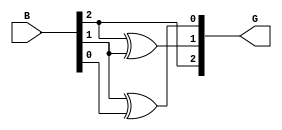
module binary_to_gray_encoder (
    input  [2:0] B,  // 3-bit binary input
    output [2:0] G   // 3-bit Gray code output
);

// Combinational logic to convert binary to Gray code
assign G[2] = B[2];                // Most significant bit remains the same
assign G[1] = B[2] ^ B[1];         // G[1] = B[2] XOR B[1]
assign G[0] = B[1] ^ B[0];         // G[0] = B[1] XOR B[0]

endmodule